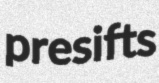
presifts